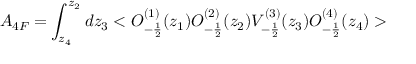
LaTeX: A _ { 4 F } = \int _ { z _ { 4 } } ^ { z _ { 2 } } d z _ { 3 } < O _ { - \frac { 1 } { 2 } } ^ { ( 1 ) } ( z _ { 1 } ) O _ { - \frac { 1 } { 2 } } ^ { ( 2 ) } ( z _ { 2 } ) V _ { - \frac { 1 } { 2 } } ^ { ( 3 ) } ( z _ { 3 } ) O _ { - \frac { 1 } { 2 } } ^ { ( 4 ) } ( z _ { 4 } ) >